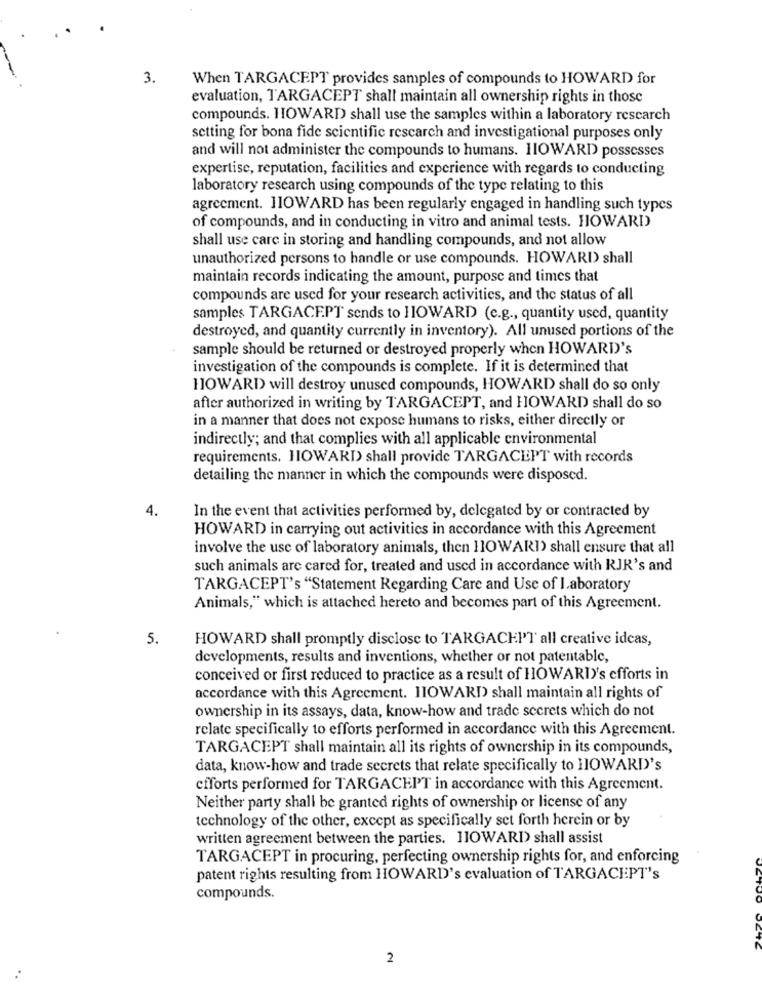
3.
When TARGACEPT provides samples of compounds to HOWARD for
evaluation, TARGACEPT shall maintain all ownership rights in those
compounds. HOWARD shall use the samples within a laboratory research
setting for bona fide scientific research and investigational purposes only
and will not administer the compounds to humans. HOWARD possesses
expertise, reputation, facilities and experience with regards to conducting
laboratory research using compounds of the type relating to this
agreement. JIOWARD has been regularly engaged in handling such types
of compounds, and in conducting in vitro and animal tests. HOWARD
shall use care in storing and handling compounds, and not allow
unauthorized persons to handle or use compounds. HOWARD shall
maintain records indicating the amount, purpose and times that
compounds are used for your research activities, and the status of all
samples TARGACEPT sends to HOWARD (e.g ., quantity used, quantity
destroyed, and quantity currently in inventory). All unused portions of the
sample should be returned or destroyed properly when HOWARD's
investigation of the compounds is complete. If it is determined that
HOWARD will destroy unused compounds, HOWARD shall do so only
after authorized in writing by TARGACEPT, and HOWARD shall do so
in a manner that does not expose humans to risks, either directly or
indirectly; and that complies with all applicable environmental
requirements. HOWARD shall provide TARGACEPT with records
detailing the manner in which the compounds were disposed.
4.
In the event that activities performed by, delegated by or contracted by
HOWARD in carrying out activities in accordance with this Agreement
involve the use of laboratory animals, then HOWARD) shall ensure that all
such animals are cared for, treated and used in accordance with RJR's and
TARGACEPT's "Statement Regarding Care and Use of laboratory
Animals," which is attached hereto and becomes part of this Agreement.
5.
HOWARD shall promptly disclose to TARGACHPT all creative ideas,
developments, results and inventions, whether or not patentable,
conceived or first reduced to practice as a result of HOWARD's efforts in
accordance with this Agreement. HOWARD shall maintain all rights of
ownership in its assays, data, know-how and trade secrets which do not
relate specifically to efforts performed in accordance with this Agreement.
TARGACEPT shall maintain all its rights of ownership in its compounds,
data, know-how and trade secrets that relate specifically to HOWARD's
efforts performed for TARGACEPT in accordance with this Agreement.
Neither party shall be granted rights of ownership or license of any
technology of the other, except as specifically set forth herein or by
written agreement between the parties. HOWARD shall assist
TARGACEPT in procuring, perfecting ownership rights for, and enforcing
patent rights resulting from HOWARD's evaluation of TARGACEPT's
compounds.
2